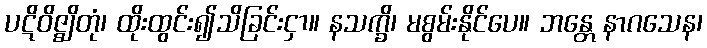
ပဋိဝိဇ္ဈိတုံ၊ ထိုးထွင်း၍သိခြင်းငှာ။ နသက္ခိ၊ မစွမ်းနိုင်ပေ။ ဘန္တေ နာဂသေန၊